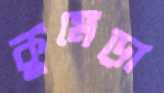
কুমেড়া